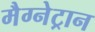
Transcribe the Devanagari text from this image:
मैग्नेट्रान